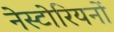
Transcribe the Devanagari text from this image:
नेस्टोरियनों